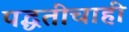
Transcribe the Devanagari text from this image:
पद्धतीचाही